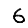
Digit: 6